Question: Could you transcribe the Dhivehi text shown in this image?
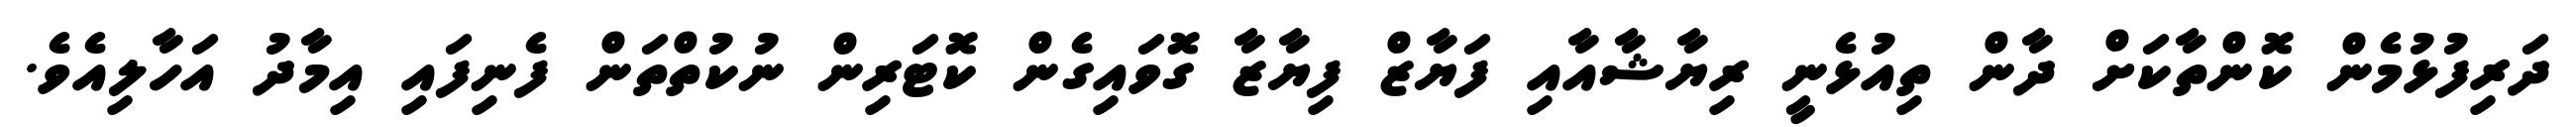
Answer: ދަރިފުޅުމެން ކޮންތާކަށް ދާން ތިއުޅެނީ ރިޔާޝާއާއި ފަޔާޒް ފިޔާޒާ ގޮވައިގެން ކޮޓަރިން ނުކުތްތަން ފެނިފައި އިމާދު އަހާލިއެވެ.